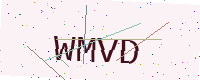
Text: WMVD